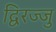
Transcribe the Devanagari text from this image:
द्विरज्जु